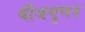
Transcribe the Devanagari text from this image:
बीजगुणन